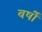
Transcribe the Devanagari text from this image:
बर्षोंं